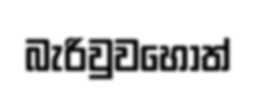
බැරිවුවහොත්